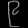
Digit: ၉